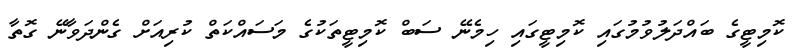
ކޮމިޓީގެ ބައްދަލުވުމުގައި ކޮމިޓީގައި ހިމެނޭ ސަބް ކޮމިޓީތަކުގެ މަސައްކަތް ކުރިއަށް ގެންދަވާނޭ ގޮތާ